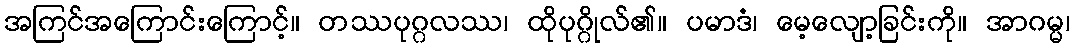
အကြင်အကြောင်းကြောင့်။ တဿပုဂ္ဂလဿ၊ ထိုပုဂ္ဂိုလ်၏။ ပမာဒံ၊ မေ့လျော့ခြင်းကို။ အာဂမ္မ၊